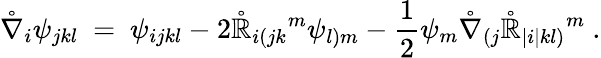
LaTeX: \mathring{\nabla}_{i}\psi_{jkl}\ =\ \psi_{ijkl}-2\mathring{\mathbb{R}}_{i(jk}{}^{m}\psi_{l)m}-\frac{1}{2}\psi_{m}\mathring{\nabla}_{(j}\mathring{\mathbb{R}}_{|i|kl)}{}^{m}~.